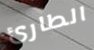
الطارئ